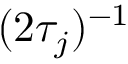
( 2 \tau _ { j } ) ^ { - 1 }